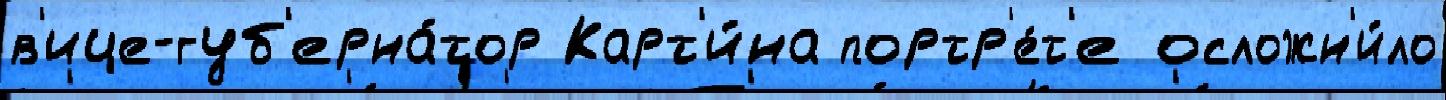
в'ице-губ'ерна́тор Карт'и́на портр'е́т'е осложн'и́ло